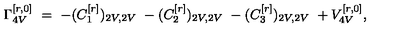
\Gamma _ { 4 V } ^ { [ r , 0 ] } \ = \ - ( C _ { 1 } ^ { [ r ] } ) _ { 2 V , 2 V } \ - ( C _ { 2 } ^ { [ r ] } ) _ { 2 V , 2 V } \ - ( C _ { 3 } ^ { [ r ] } ) _ { 2 V , 2 V } \ + V _ { 4 V } ^ { [ r , 0 ] } ,